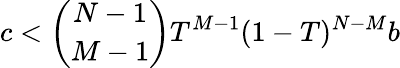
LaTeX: c<\binom{N-1}{M-1}T^{M-1}(1-T)^{N-M}b